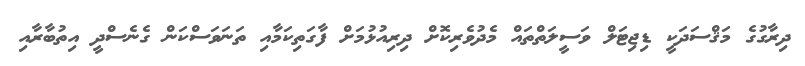
ދިރާގުގެ މަޤްސަދަކީ ޑިޖިޓަލް ވަސީލަތްތައް މެދުވެރިކޮށް ދިރިއުޅުމަށް ފާގަތިކަމާއި ތަނަވަސްކަން ގެނެސްދީ އިތުބާރާއި